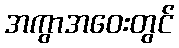
အကွာအဝေးတွင်